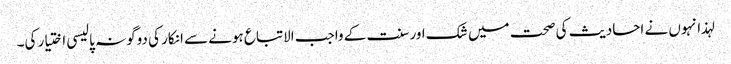
لہذا نہوں نے احادیث کی صحت میں شک اور سنت کے واجب الاتباع ہونے سے انکار کی دوگونہ پالیسی اختیار کی۔